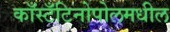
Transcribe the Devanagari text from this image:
काँस्टँटिनोपोलमधील